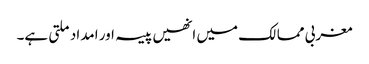
مغربی ممالک میں انھیں پیسہ اور امداد ملتی ہے۔